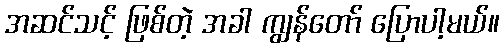
အဆင်သင့် ဖြစ်တဲ့ အခါ ကျွန်တော် ပြောပါ့မယ်။